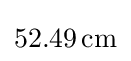
52.49\,{\text{cm}}